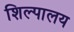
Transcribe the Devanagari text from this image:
शिल्पालय